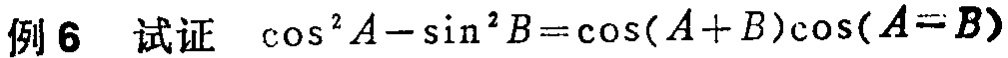
例6 试证 $\cos^{2}A - \sin^{2}B = \cos(A + B)\cos(A - B)$